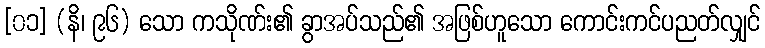
[၀၁] (နိ၊ ၉၆) သော ကသိုဏ်း၏ ခွာအပ်သည်၏ အဖြစ်ဟူသော ကောင်းကင်ပညတ်လျှင်